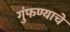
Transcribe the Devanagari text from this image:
गुंफण्याचे